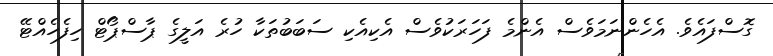
ގޮސްފައެވެ. އެހެންނަމަވެސް އެންމެ ފަހަރަކުވެސް އެކިއެކި ސަބަބުތަކާ ހުރެ އަލީގެ ޕާސްޕޯޓް ހިފެހެއްޓޭ